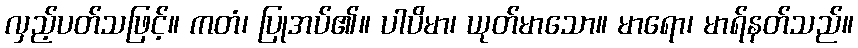
လှည့်ပတ်သဖြင့်။ ကတံ၊ ပြုအပ်၏။ ပါပိမာ၊ ယုတ်မာသော။ မာရော၊ မာရ်နတ်သည်။